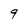
Character: 9